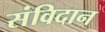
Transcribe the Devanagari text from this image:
संविदान